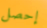
إحصل